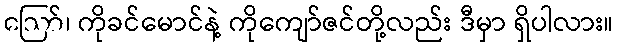
ဪ၊ ကိုခင်မောင်နဲ့ ကိုကျော်ဇင်တို့လည်း ဒီမှာ ရှိပါလား။